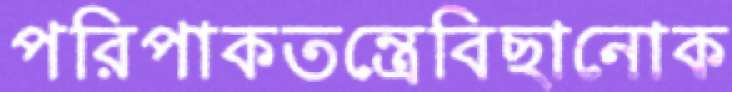
পরিপাকতন্ত্রেবিছানোক